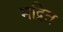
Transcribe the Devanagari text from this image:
मद्रित